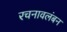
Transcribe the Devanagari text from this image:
रचनावलंबन